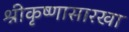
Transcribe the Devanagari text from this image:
श्रीकृष्णासारखा